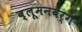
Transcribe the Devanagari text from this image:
ब्लूमनबर्ग